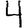
Digit: 4